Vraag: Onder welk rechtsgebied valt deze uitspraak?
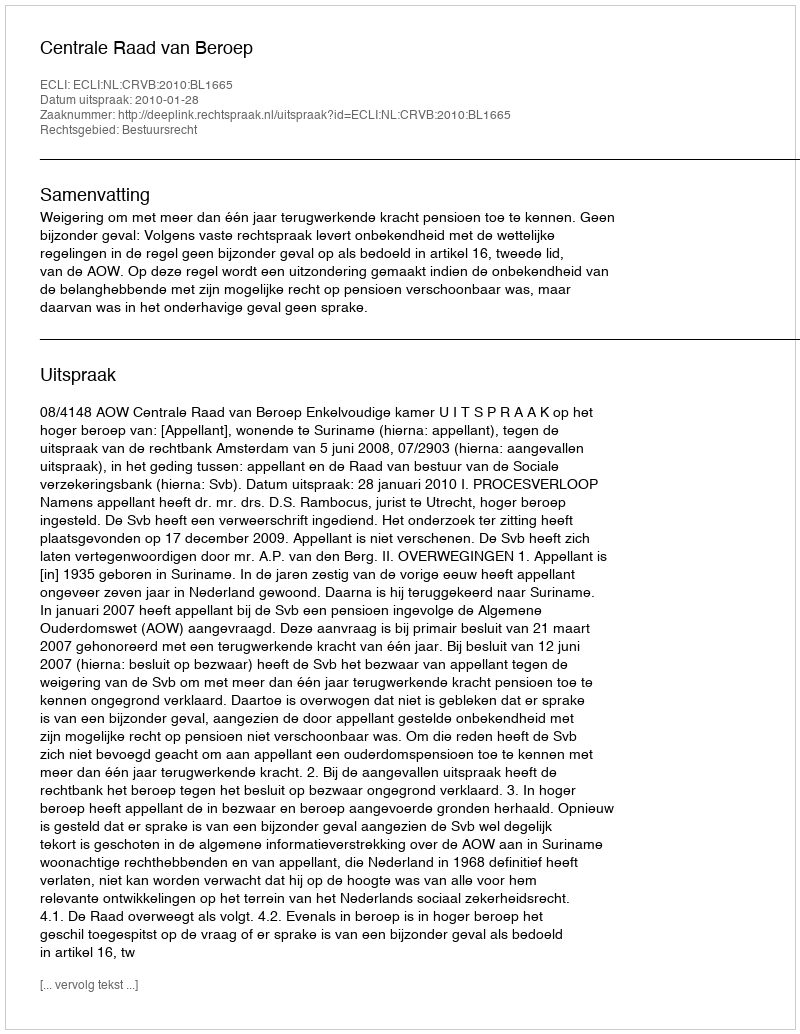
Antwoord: Bestuursrecht